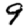
Digit: 9